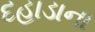
દહાડાના